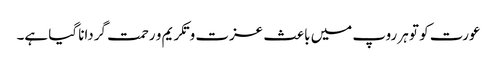
عورت کو تو ہر روپ میں باعث عزت و تکریم و رحمت گردانا گیا ہے۔